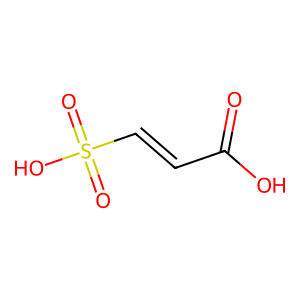
SMILES: O=C(O)C=CS(=O)(=O)O
Inhibits HIV replication: No